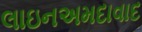
લાઇનઅમદાવાદ